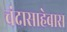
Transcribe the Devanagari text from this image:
चंदासाहेबास